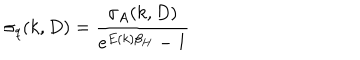
\sigma _ { q } ( k , D ) = \frac { \sigma _ { A } ( k , D ) } { e ^ { E ( k ) \beta _ { H } } - 1 }